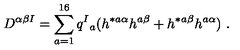
D ^ { \alpha \beta I } = \sum _ { a = 1 } ^ { 1 6 } q ^ { I } { } _ { a } ( h ^ { * a \alpha } h ^ { a \beta } + h ^ { * a \beta } h ^ { a \alpha } ) \ .